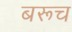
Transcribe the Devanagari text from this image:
बरूच